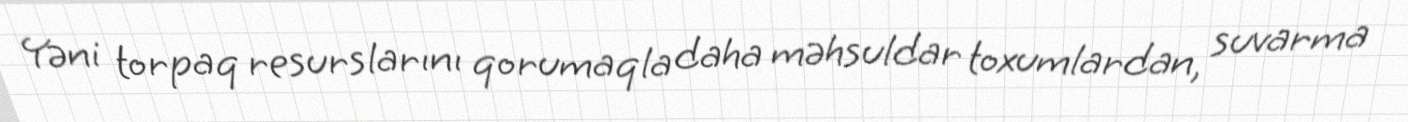
Yəni torpaq resurslarını qorumaqla daha məhsuldar toxumlardan, suvarma